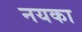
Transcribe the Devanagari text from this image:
नयका